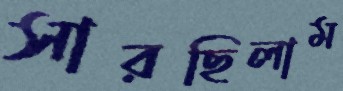
সারছিলাম